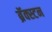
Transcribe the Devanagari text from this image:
ब्रॅक्स्टन